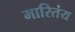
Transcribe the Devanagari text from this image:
मारितंय